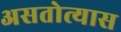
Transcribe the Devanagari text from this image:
असतोत्यास